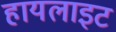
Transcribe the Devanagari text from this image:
हायलाइट